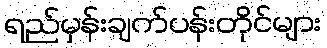
ရည်မှန်းချက်ပန်းတိုင်များ